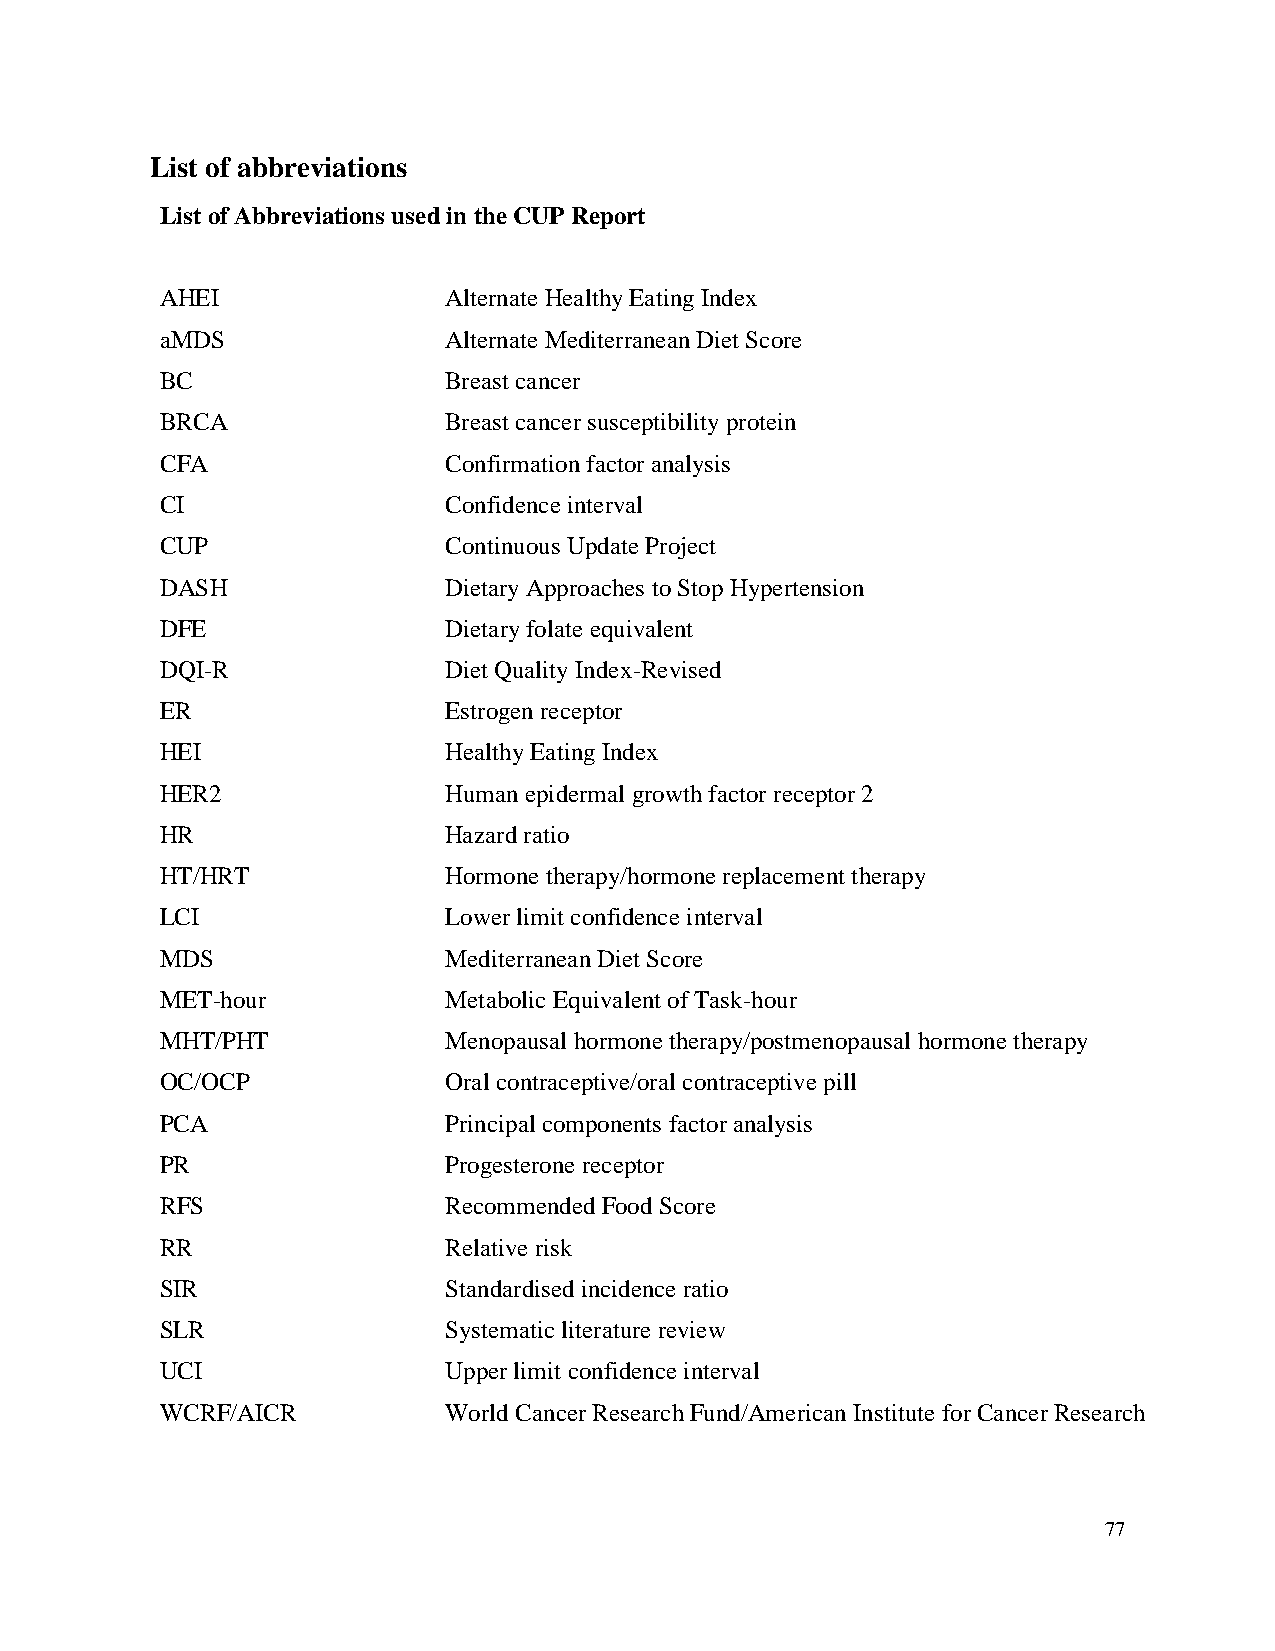
List of abbreviations
 List of Abbreviations used in the CUP Report
 AHEI              Alternate Healthy Eating Index
 aMDS              Alternate Mediterranean Diet Score
 BC                Breast cancer
 BRCA              Breast cancer susceptibility protein
 CFA               Confirmation factor analysis
 CI                Confidence interval
 CUP               Continuous Update Project
 DASH              Dietary Approaches to Stop Hypertension
 DFE               Dietary folate equivalent
 DQI-R             Diet Quality Index-Revised
 ER                Estrogen receptor
 HEI               Healthy Eating Index
 HER2              Human epidermal growth factor receptor 2
 HR                Hazard ratio
 HT/HRT            Hormone therapy/hormone replacement therapy
 LCI               Lower limit confidence interval
 MDS               Mediterranean Diet Score
 MET-hour          Metabolic Equivalent of Task-hour
 MHT/PHT           Menopausal hormone therapy/postmenopausal hormone therapy
 OC/OCP            Oral contraceptive/oral contraceptive pill
 PCA               Principal components factor analysis
 PR                Progesterone receptor
 RFS               Recommended Food Score
 RR                Relative risk
 SIR               Standardised incidence ratio
 SLR               Systematic literature review
 UCI               Upper limit confidence interval
 WCRF/AICR         World Cancer Research Fund/American Institute for Cancer Research
 77